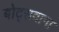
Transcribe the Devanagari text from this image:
बोट्सवाना